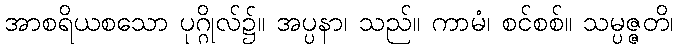
အာစရိယစသော ပုဂ္ဂိုလ်၌။ အပ္ပနာ၊ သည်။ ကာမံ၊ စင်စစ်။ သမ္ပဇ္ဇတိ၊